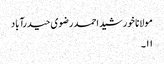
مولانا خورشید احمد رضوی حیدرآباد
۱۱۔